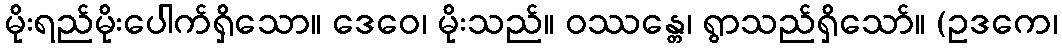
မိုးရည်မိုးပေါက်ရှိသော။ ဒေဝေ၊ မိုးသည်။ ဝဿန္တေ၊ ရွာသည်ရှိသော်။ (ဥဒကေ၊